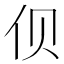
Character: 𱎡